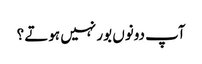
آپ دونوں بور نہیں ہوتے ؟